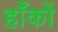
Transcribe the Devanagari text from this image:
हाँकों